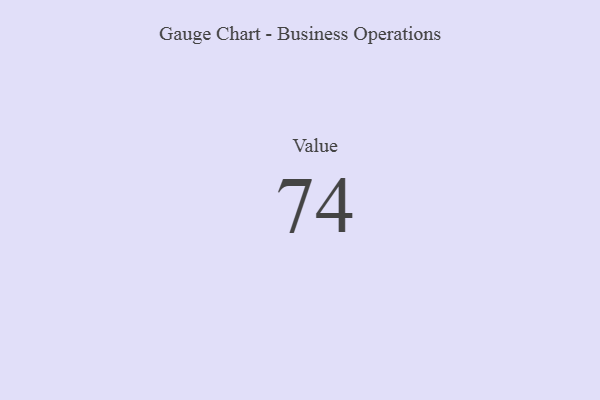
{"axis": {"x": "Metric", "y": "Value"}, "legend": [""], "data": [{"x": "Value", "y": 74, "type": ""}]}